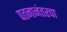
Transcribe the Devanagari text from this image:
पतनानंतरचा